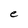
Character: e